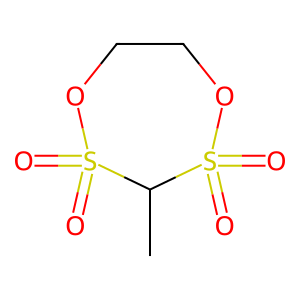
SMILES: CC1S(=O)(=O)OCCOS1(=O)=O
Inhibits HIV replication: No